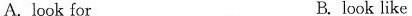
A. look for B. look like